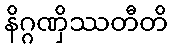
နိဂ္ဂဏှိဿတီတိ